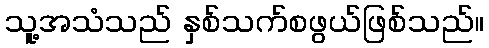
သူ့အသံသည် နှစ်သက်စဖွယ်ဖြစ်သည်။